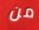
من